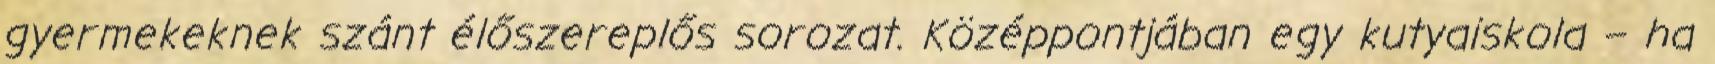
gyermekeknek szánt élőszereplős sorozat. Középpontjában egy kutyaiskola – ha